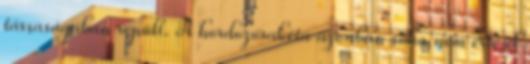
társaságában repült. A hordozórakéta azonban soha nem érte el